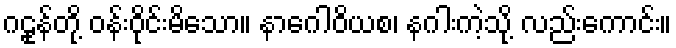
ဂဠုန်တို့ ဝန်းဝိုင်းမိသော။ နာဂေါဝိယစ၊ နဂါးကဲ့သို့ လည်းကောင်း။